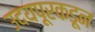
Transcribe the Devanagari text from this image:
उदयपूरकडून